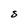
Character: S